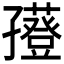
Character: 𡦮